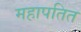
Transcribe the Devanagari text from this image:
महापतित